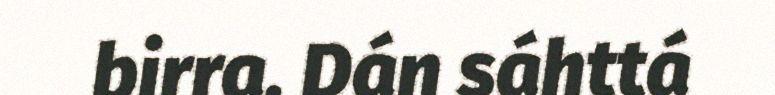
birra. Dán sáhttá